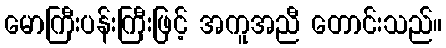
မောကြီးပန်းကြီးဖြင့် အကူအညီ တောင်းသည်။